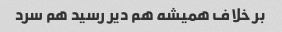
بر خلاف همیشه هم دیر رسید هم سرد